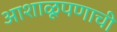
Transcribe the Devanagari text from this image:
आशाळूपणाची